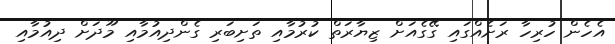
އެހެން ހުރިހާ ރަށެއްގައި ގޭގެއަށް ޒިޔާރަތް ކުރުމާއި ތަށިބަރި ގެންދިއުމާއި މޫދަށް ދިއުމާއި